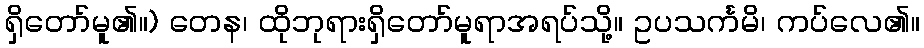
ရှိတော်မူ၏။) တေန၊ ထိုဘုရားရှိတော်မူရာအရပ်သို့။ ဥပသင်္ကမိ၊ ကပ်လေ၏။